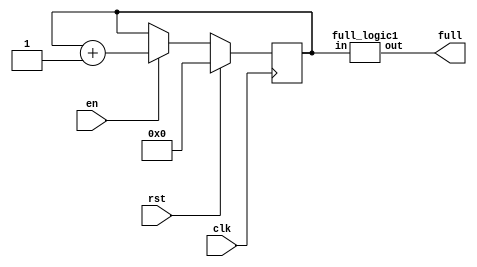
module counter(input clk, input rst, input en, output full); // no semicolon

reg [3:0] cnt;

always @(posedge clk) begin
  if(rst)
    cnt <= 0;
  else if(en)
    cnt <= cnt + 1;
end

full_logic1 f( .in(cnt), .out(full) );

endmodule


module full_logic1(input [3:0] in, output out);

full_logic2 f( .in(in), .out(out) );

endmodule



module full_logic2(input [3:0] in, output out);

assign out = in == 4'hf;

endmodule